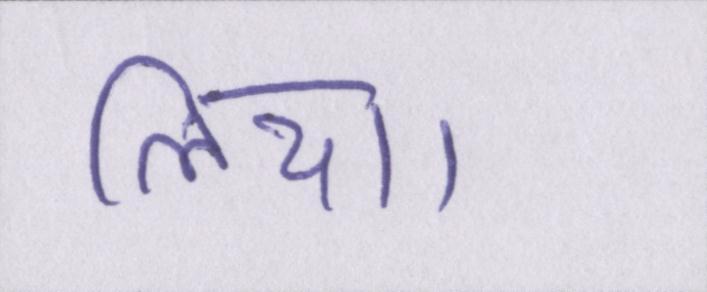
लिया।